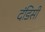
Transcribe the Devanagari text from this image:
दंडिसी